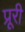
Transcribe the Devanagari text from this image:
प्रूरी